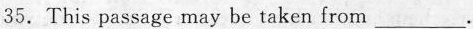
35.This passage may be taken from ___